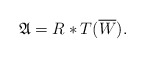
\begin{align*}\mathfrak{A}={R} \ast T(\overline{W}). \end{align*}